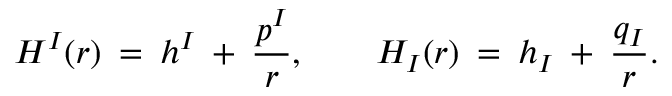
H ^ { I } ( r ) \: = \: h ^ { I } \: + \: \frac { p ^ { I } } { r } , \qquad H _ { I } ( r ) \: = \: h _ { I } \: + \: \frac { q _ { I } } { r } .